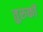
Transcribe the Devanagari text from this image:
तुरुकों